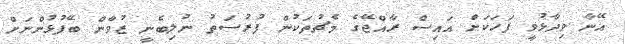
އޭނާ ވިދާޅުވީ ފަހަކަށް އައިސް ރާއްޖޭގެ މެޗުތަކުން ފުރުސަތު ނުލިބެނީ ޒުވާން ބޭފުޅުންނަށް